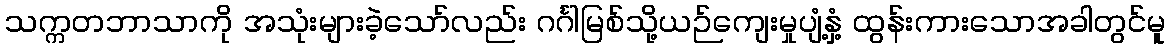
သက္ကတဘာသာကို အသုံးများခဲ့သော်လည်း ဂင်္ဂါမြစ်သို့ယဉ်ကျေးမှုပျံ့နှံ့ ထွန်းကားသောအခါတွင်မူ